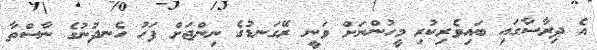
އެ ދިރާސާގައި ބައިވެރިކުރި މީހުންނަށް ވަނީ ރޭގަނޑުގެ ނިންޖަށް ފަހު ހެނދުނުގެ ނާސްތާ